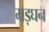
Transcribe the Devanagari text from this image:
मड़घन